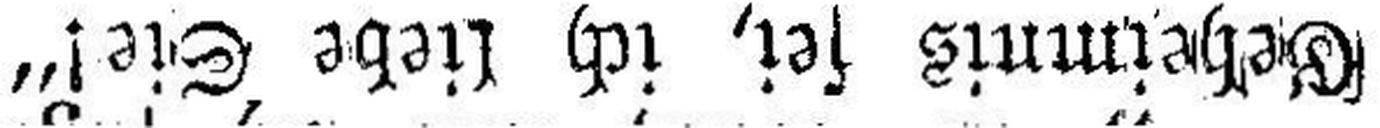
Geheimnis sei, ich liebe Sie!“